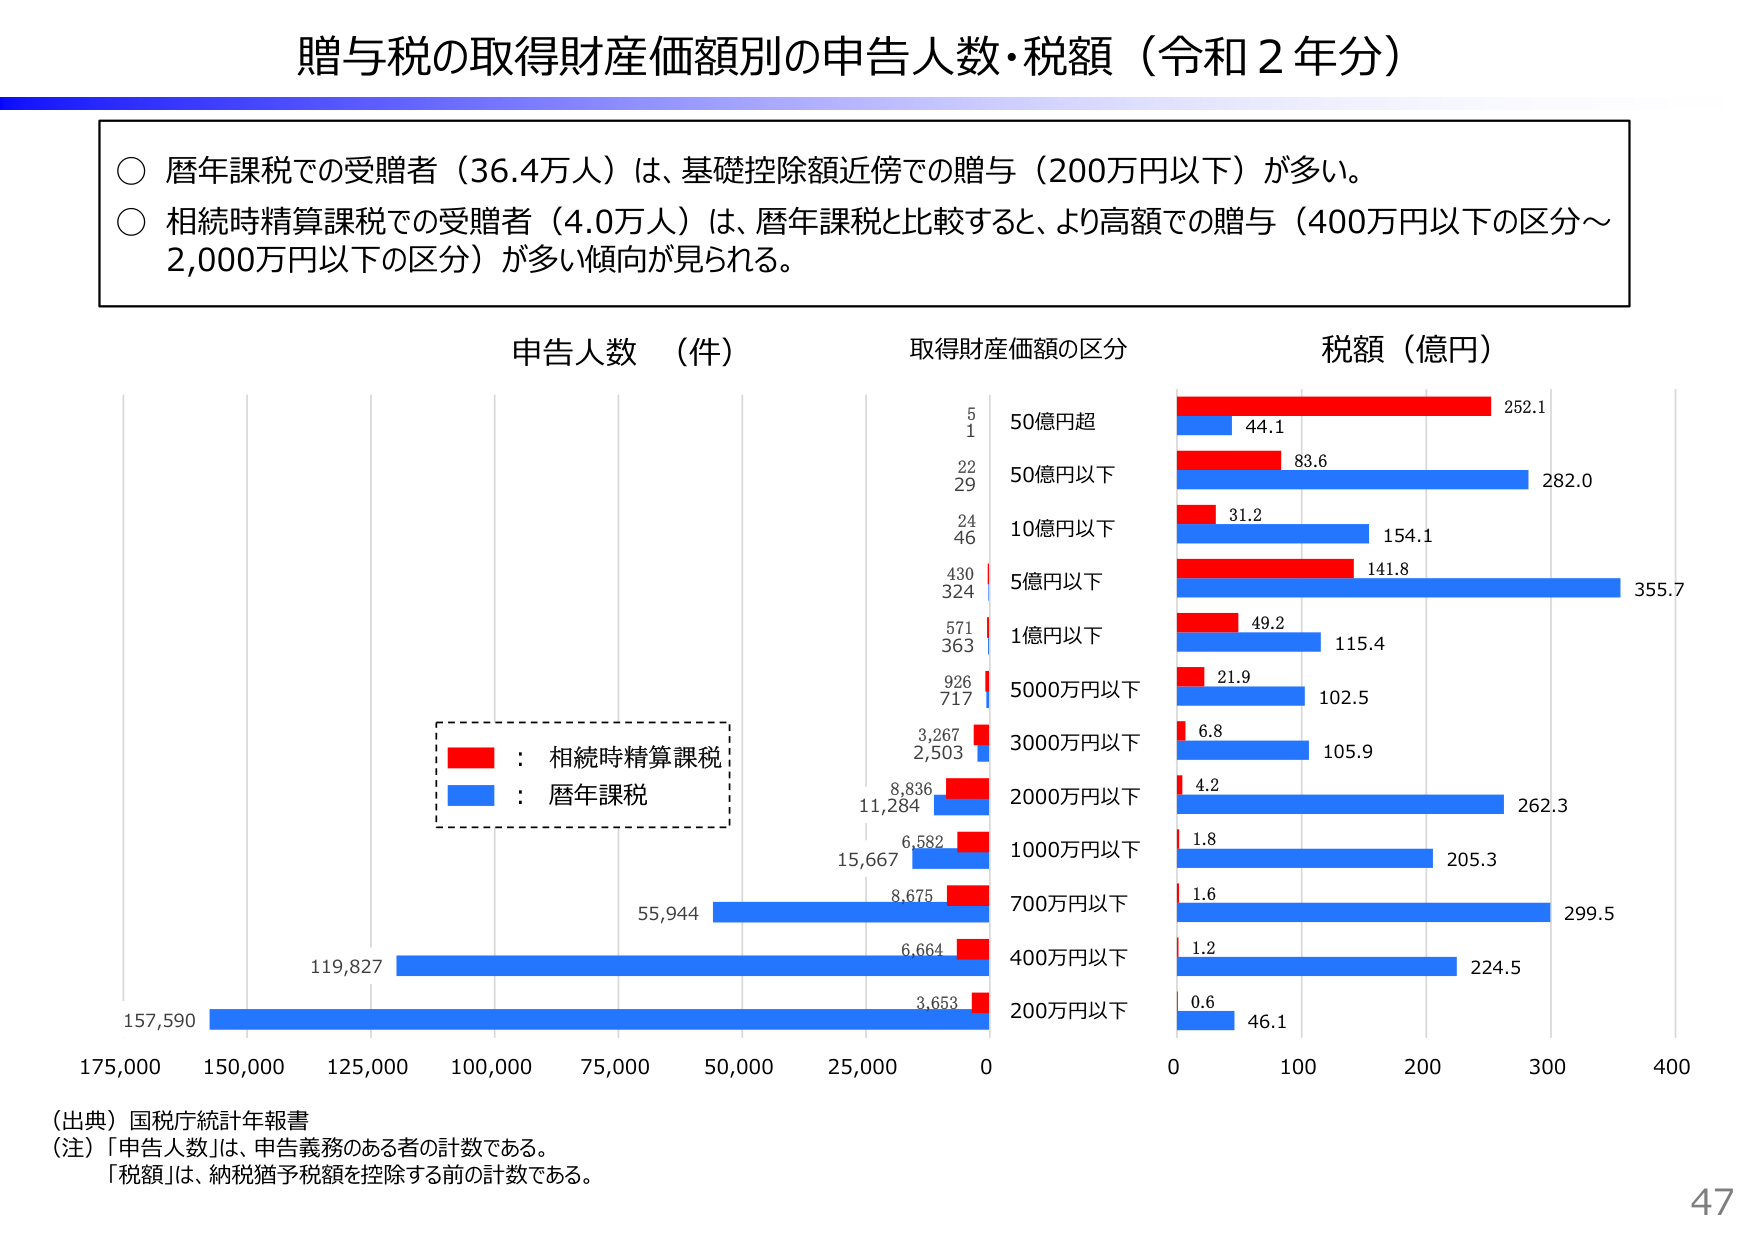
贈与税の取得財産価額別の申告人数・税額（令和２年分）

○ 暦年課税での受贈者（36.4万人）は、基礎控除額近傍での贈与（200万円以下）が多い。
○ 相続時精算課税での受贈者（4.0万人）は、暦年課税と比較すると、より高額での贈与（400万円以下の区分～2,000万円以下の区分）が多い傾向が見られる。

申告人数（件）　　　　　　　取得財産価額の区分　　　　　　税額（億円）

　　　　　　　　　　　　　　　　5　　　　　50億円超　　　　　　　　252.1
　　　　　　　　　　　　　　　　1　　　　　　　　　　　　　　　　　44.1
　　　　　　　　　　　　　　　　22　　　　　50億円以下　　　　　　　83.6
　　　　　　　　　　　　　　　　29　　　　　　　　　　　　　　　　　282.0
　　　　　　　　　　　　　　　　24　　　　　10億円以下　　　　　　　31.2
　　　　　　　　　　　　　　　　46　　　　　　　　　　　　　　　　　154.1
　　　　　　　　　　　　　　　　430　　　　　5億円以下　　　　　　　141.8
　　　　　　　　　　　　　　　　324　　　　　　　　　　　　　　　　　355.7
　　　　　　　　　　　　　　　　571　　　　　1億円以下　　　　　　　49.2
　　　　　　　　　　　　　　　　363　　　　　　　　　　　　　　　　　115.4
　　　　　　　　　　　　　　　　926　　　　　5000万円以下　　　　　21.9
　　　　　　　　　　　　　　　　717　　　　　　　　　　　　　　　　　102.5
　　　　　　　　　　　　　　　　3,267　　　　3000万円以下　　　　　6.8
　　　　　　　　　　　　　　　　2,503　　　　　　　　　　　　　　　105.9
　　　　　　　　　　　　　　　　8,836　　　　2000万円以下　　　　　4.2
　　　　　　　　　　　　　　　　11,284　　　　　　　　　　　　　　　262.3
　　　　　　　　　　　　　　　　6,582　　　　1000万円以下　　　　　1.8
　　　　　　　　　　　　　　　　15,667　　　　　　　　　　　　　　　205.3
　　　　　　　　　　　　　　　　8,675　　　　700万円以下　　　　　1.6
　　　　　　　　　　　　　　　　55,944　　　　　　　　　　　　　　　299.5
　　　　　　　　　　　　　　　　6,664　　　　400万円以下　　　　　1.2
　　　　　　　　　　　　　　　　3,653　　　　200万円以下　　　　　0.6
　　　　　　　　　　　　　　　　　　　　　　　　　　　　　　　　　　46.1

　　　　　　　　　　　　　　　　　　　　　　　　　　　　　　　　　　0　　　100　　　200　　　300　　　400

　　　　　　　　　　　　　　　　　　　　　　　　　　　　　　　　　　0　　　25,000　　50,000　　75,000　　100,000　　125,000　　150,000　　175,000

　　　　　　　　　　　　　　　　　　　　　　　　　　　　　　　　　　157,590
　　　　　　　　　　　　　　　　　　　　　　　　　　　　　　　　　　119,827

（出典）国税庁統計年報書
（注）「申告人数」は、申告義務のある者の計数である。
　　「税額」は、納税猶予税額を控除する前の計数である。